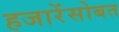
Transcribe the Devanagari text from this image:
हजारेंसोबत